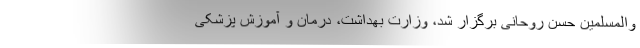
والمسلمین حسن روحانی برگزار شد، وزارت بهداشت، درمان و آموزش پزشکی